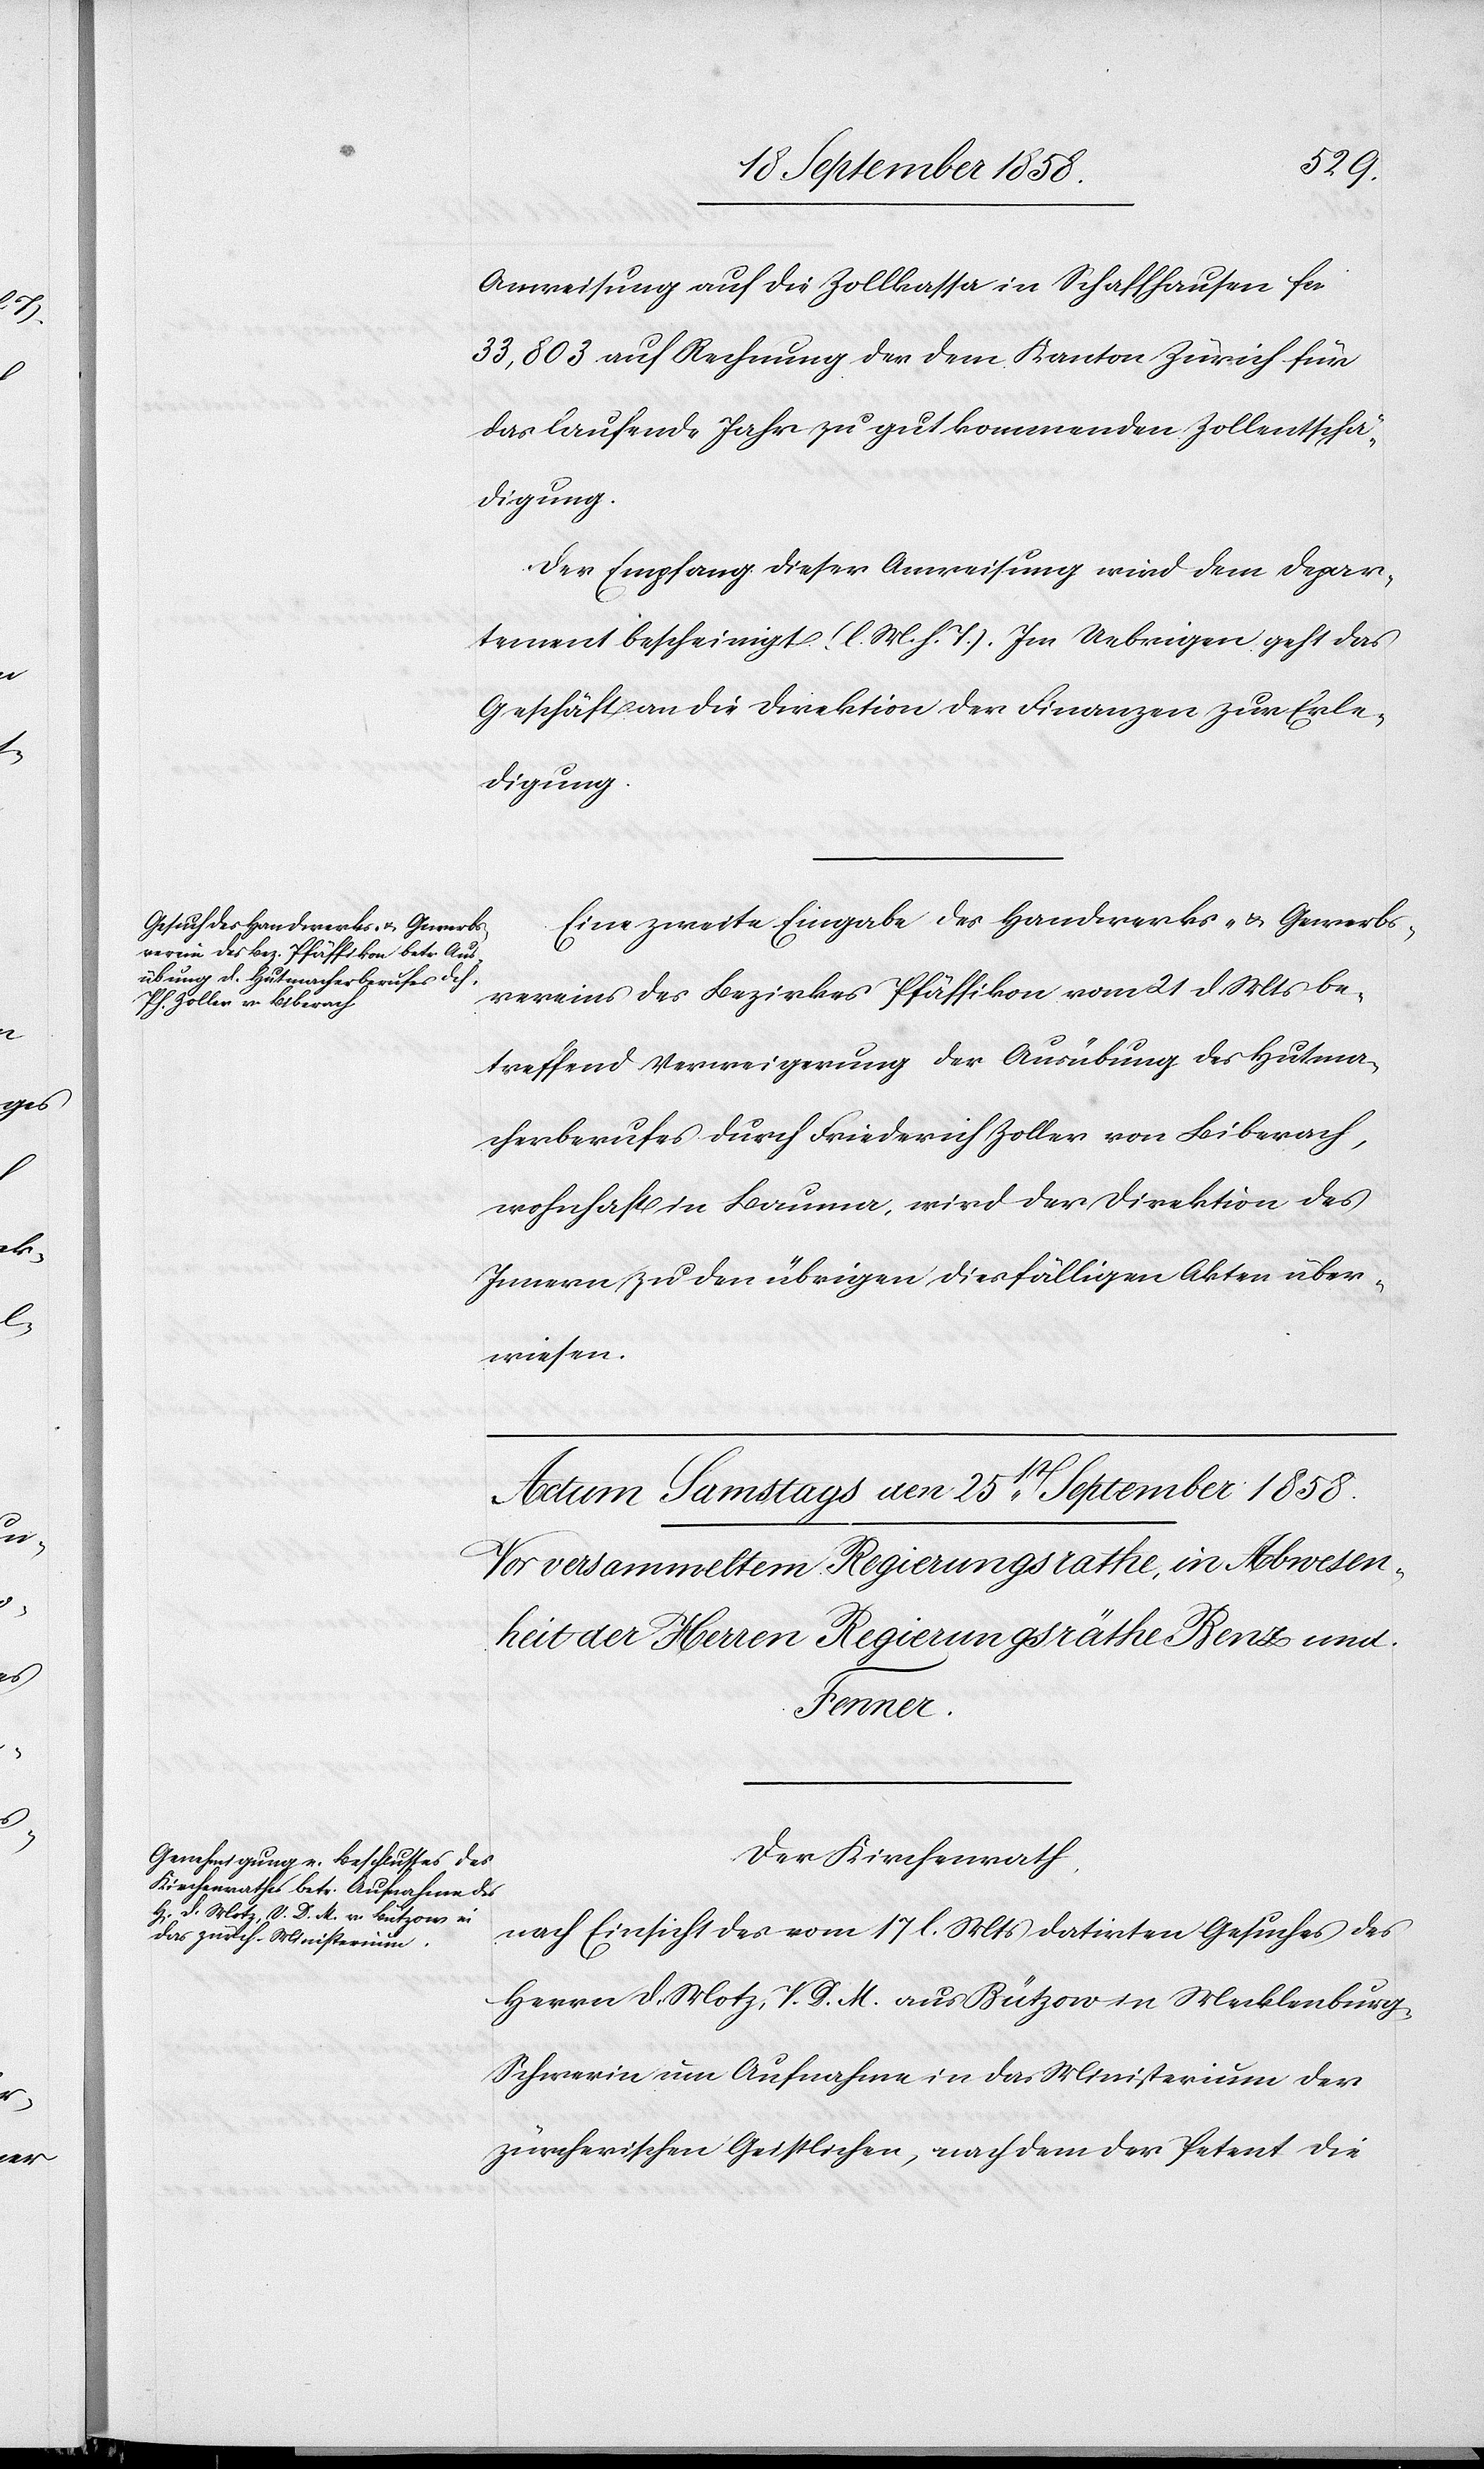
den

22st. September 1858.]
Anweisung auf die Zollkassa in Schaffhausen fcs.
33,803 auf Rechnung der dem Kanton Zürich für
das laufende Jahr zu gut kommenden Zollentschä¬
digung.
Der Empfang dieser Anweisung wird dem Depar¬
tement bescheinigt (l. M. h. T.). Im Uebrigen geht das
Geschäft an die Direktion der Finanzen zur Erle¬
digung.
Eine zweite Eingabe des Handwerks- & Gewerbs¬
vereins des Bezirkes Pfäffikon vom 21 d. Mts be¬
treffend Verweigerung der Ausübung des Hutma¬
cherberufes durch Friederich [sic!] Zoller von Biberach,
wohnhaft in Bauma, wird der Direktion des
Innern zu den übrigen diesfälligen Akten über¬
wiesen.
Der Kirchenrath,
nach Einsicht des vom 17 l. Mts datirten Gesuches des
Herrn D. Motz, V. D. M. aus Bützow in Mecklenburg-S¬
chwerin um Aufnahme in das Ministerium der
zürcherischen Geistlichen, nachdem der Petent die